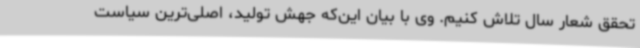
تحقق شعار سال تلاش کنیم. وی با بیان این‌که جهش تولید، اصلی‌ترین سیاست